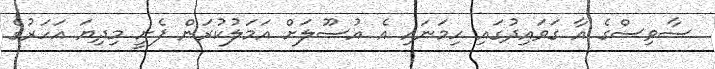
ސާވިސްގެ އާ ގަވައިދުގައި ހިމަނައި އެ އުސޫލަށް އަމަލުކުރަން ފެށީ މިދިޔަ އަހަރުގެ